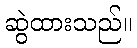
ဆွဲထားသည်။